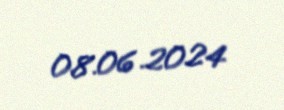
08.06.2024